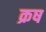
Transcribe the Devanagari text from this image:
क्रष